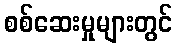
စစ်ဆေးမှုများတွင်